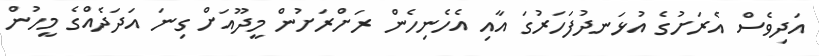
އަދިވެސް އެރަށުގެ އުޅަނދުފަހަރުގަ އާއި އެހެނިހެން ރަށްރަށުން މީދޫއަށް ގިނަ އަދަދެއްގެ މީހުން